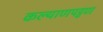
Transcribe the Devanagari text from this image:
कल्याणपट्टण